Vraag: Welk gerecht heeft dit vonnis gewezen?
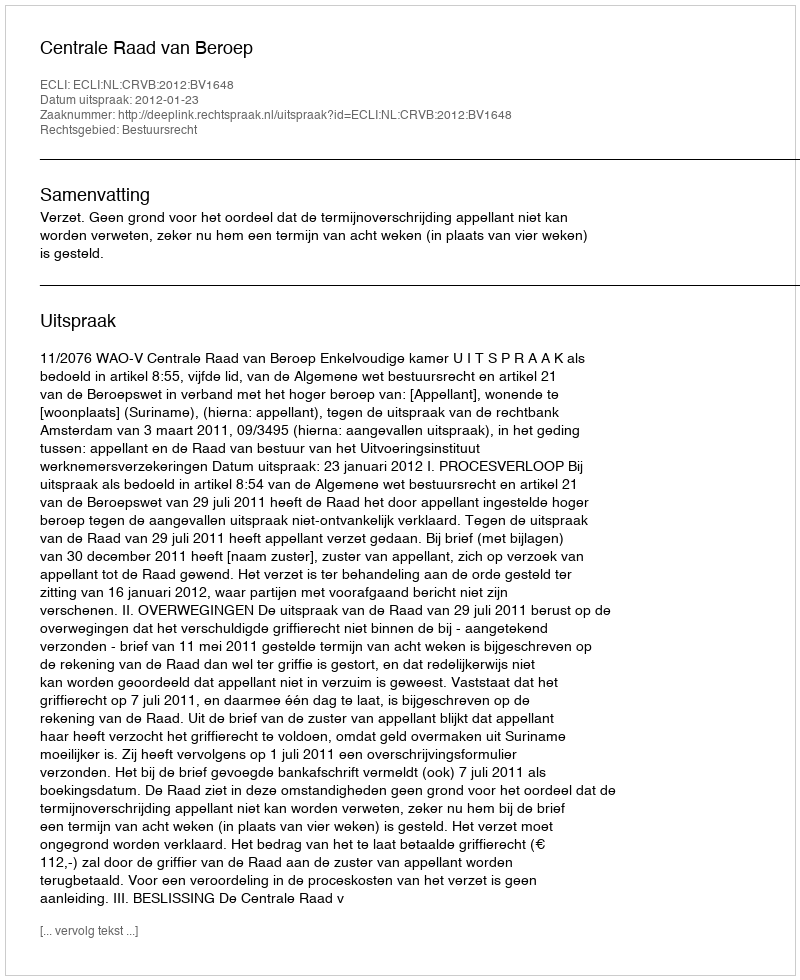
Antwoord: Centrale Raad van Beroep